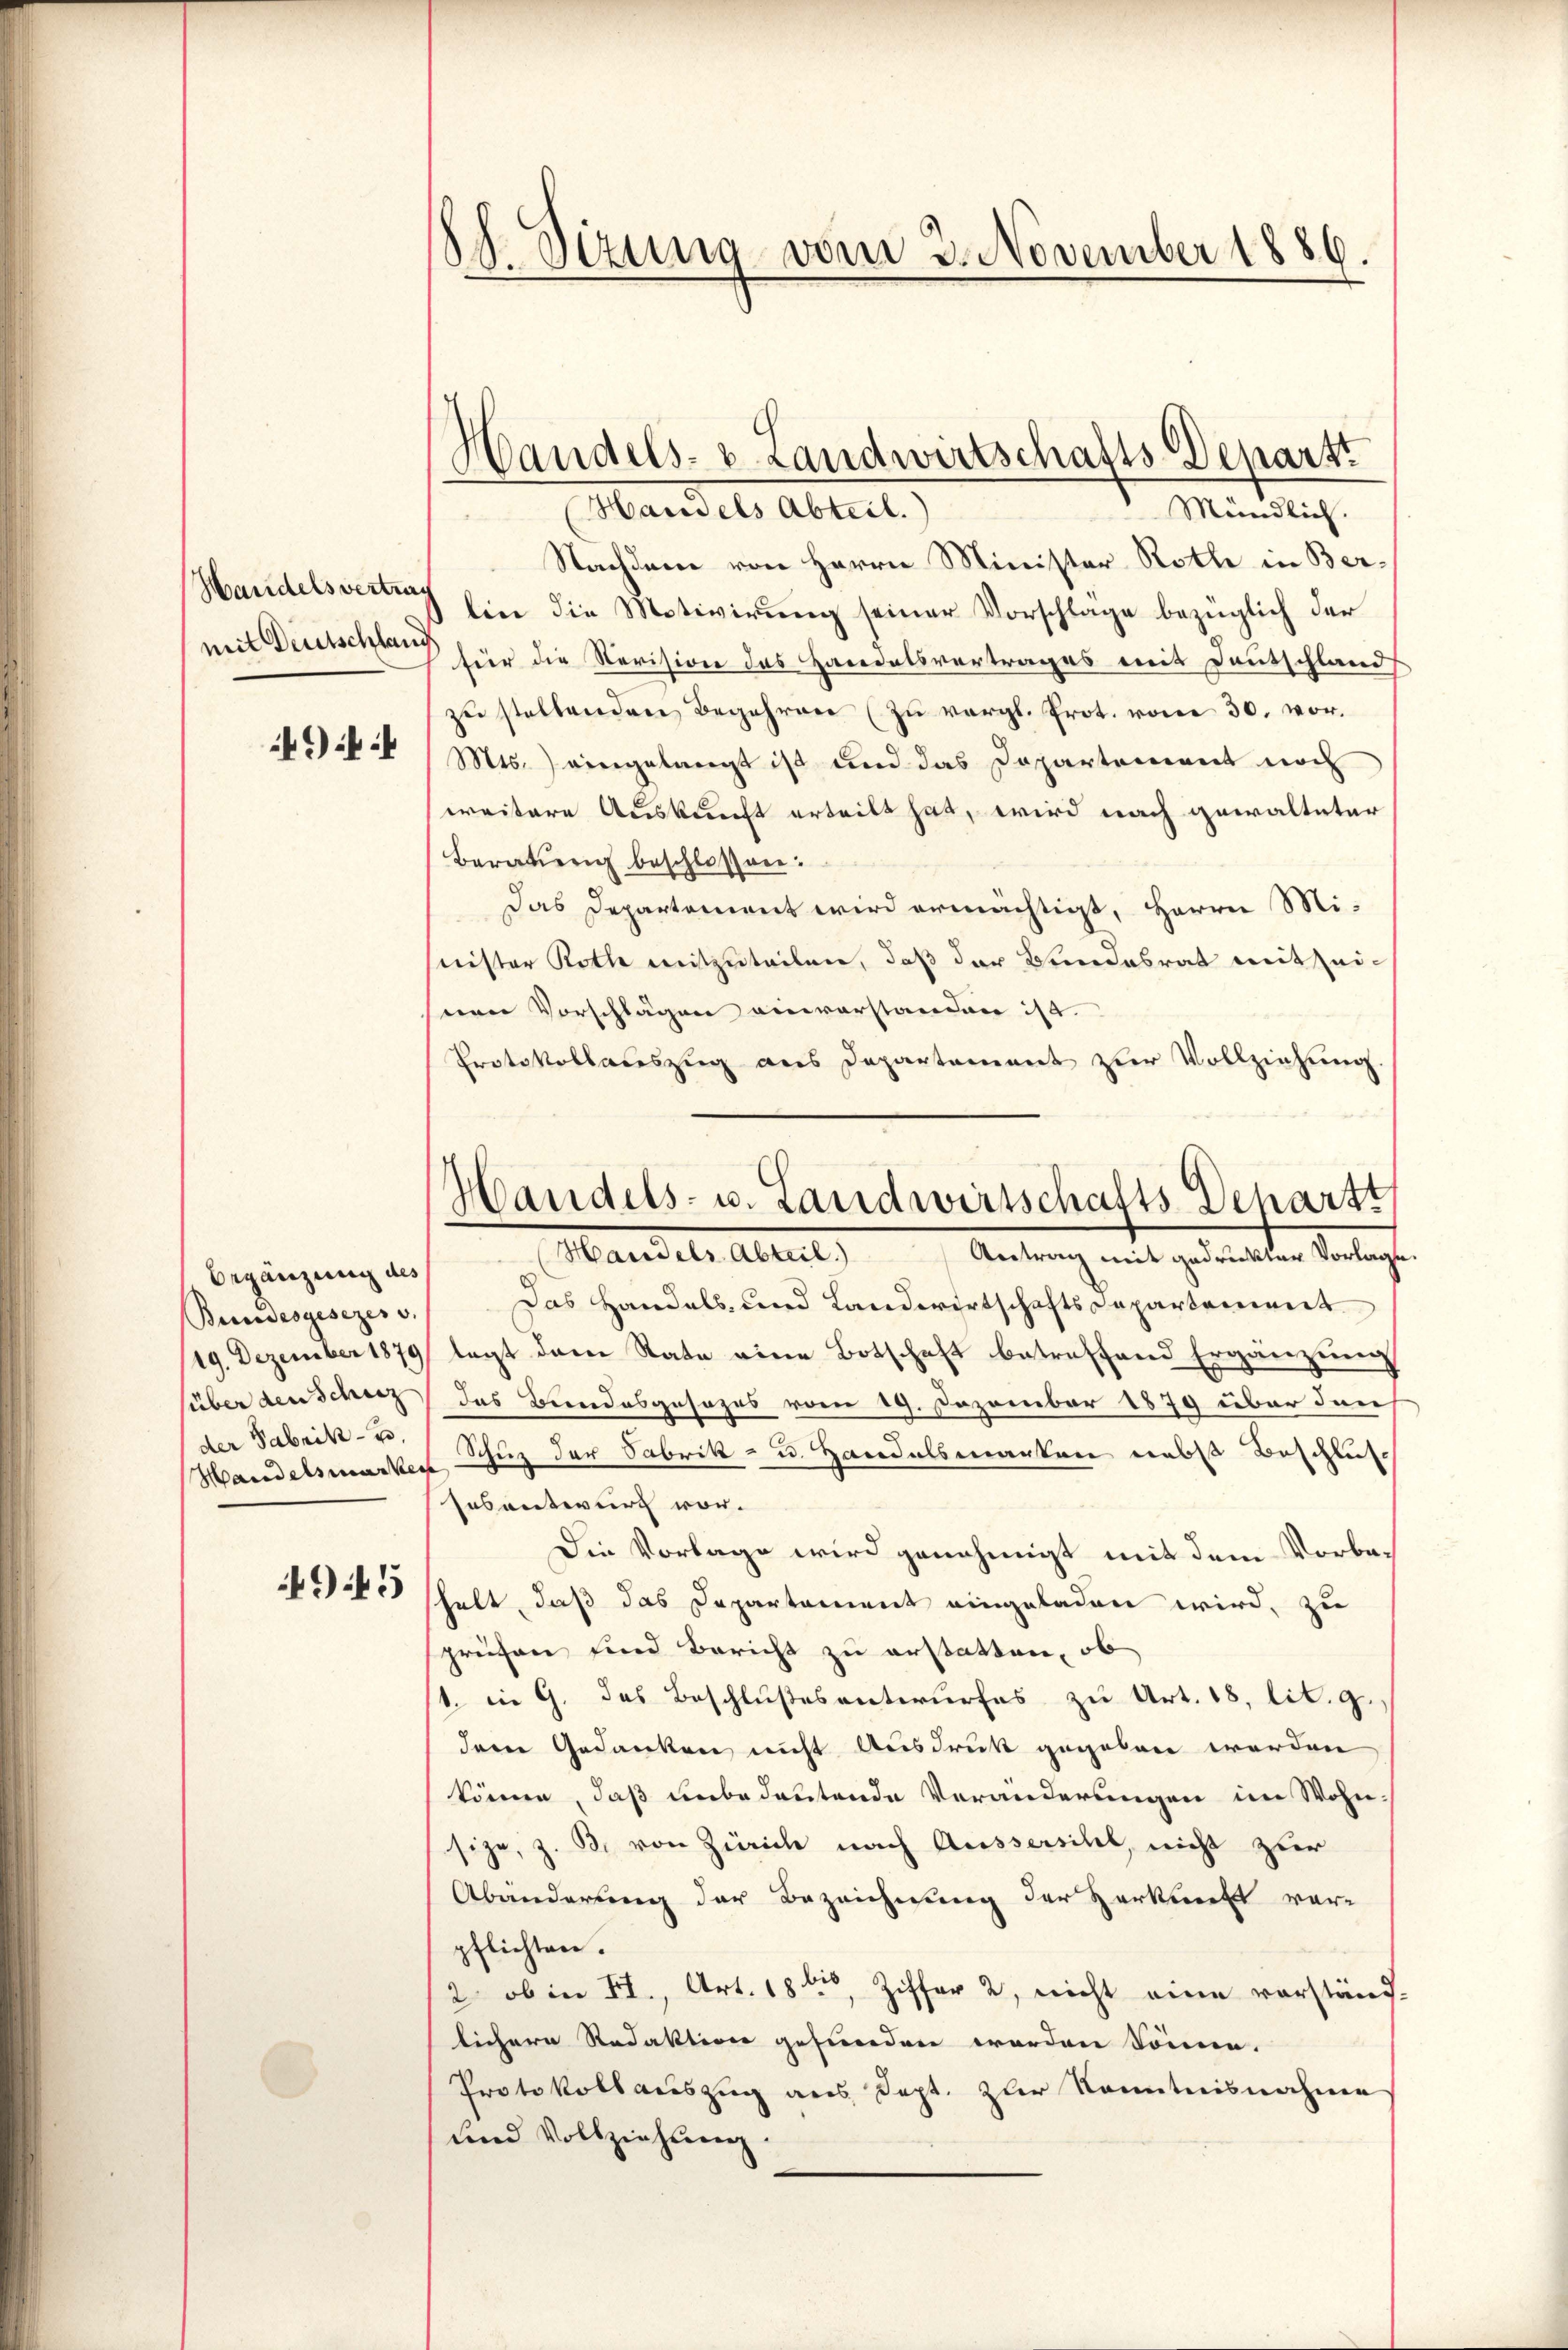
Handelsvertrag
mit Deutschlang

9

Begänzung des
Bundesgesezes v.
149. Dezember 1879,
der Fabrik- u.
Handelsmarkei

945

18. Sizung vom 2. November 1886.

Mündlich.
Handels Abteil.
Nachdem von Herrn Minister Rothe in Berlin die Motivirung seiner Vorschlage bezüglich der
für die Revision des Handelsvertrages mit Deutschland
zu stellenden Begehren (zu vergl. Prot. vom 30. vor.
Mts. eingelangt ist und das Departement noch
weitere Auskunft erteilt hat, wird nach gewalteter
Beratung beschlossen:
Das Departement wird ermächtigt, Herrn Mi-
snister Roth mitzuteilen, daß der Bundesrat mit zeisnen Vorschlägen einverstanden ist.
Protokollauszug aus Departement zur Vollziehung.

Handels- & Landwirtschafts-Departt

Handels- u. Landwirtschafts Departt
Handels Abteil. Antrag mit gedrukter Vorlage.

Das Handels- und Landwirtschaftsdepartement
lagt der Rate eine Botschaft betreffend Ergänzung
über den Scharz (das Bundesgesezes vom 19. Dezember 1879 über den
Schuz der Sabrik- u. Handelsmanten nebst Beschluss
Ensentwurf vor.
Die Vorlage wird genehmigt mit dem Vorbashelt, daß das Departement eingeladen wird, zu
sprüfen sind Bericht zu erstatten, ob
1. in G. des Beschlußesentwurfes zu Art. 18, lit. g.
dem Gedanken nicht Ausdruck gegeben werden
können, daß unbedeutende Veränderungen im Wohn-
size, z. B. von Zürich nach Aussersihl, nicht zur
Abänderung der Bezeichnung der Herkunft vor-
pflichten.
2 ob in Fr., Art. 18ten Ziffer 2, nicht eine vorständ-
lichere Redaktion gefunden worden könne.
Protokollauszug aus Sept. zur Kenntnisnahme
und Vollziehung.